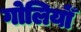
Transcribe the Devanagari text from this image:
गोलियोँ